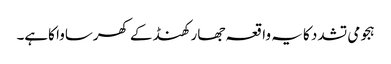
ہجومی تشدد کا یہ واقعہ جھارکھنڈ کے کھرساوا کاہے۔